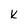
Character: k